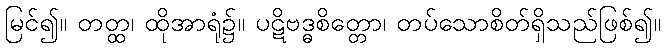
မြင်၍။ တတ္ထ၊ ထိုအာရုံ၌။ ပဋိဗဒ္ဓစိတ္တော၊ တပ်သောစိတ်ရှိသည်ဖြစ်၍။